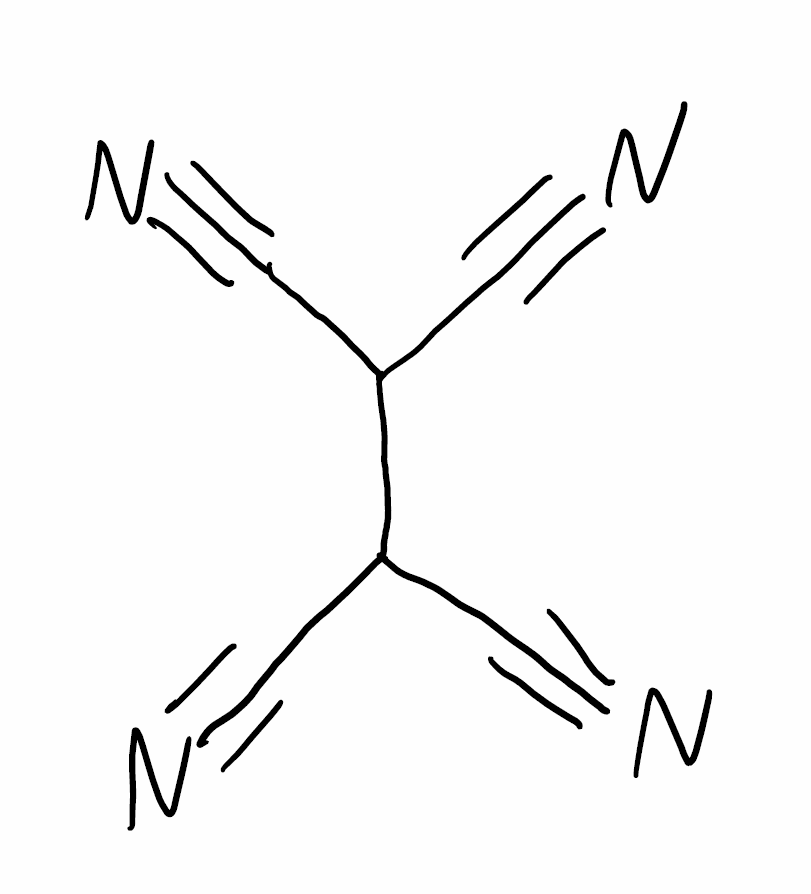
Simplified molecular-input line-entry system (SMILES) notation of the given molecule:
C(#N)C(C#N)C(C#N)C#N